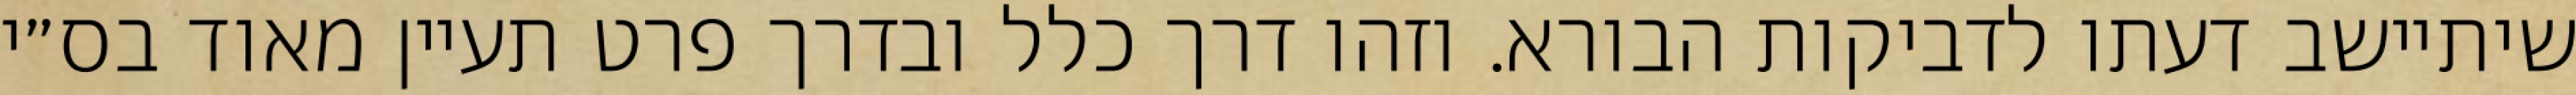
שיתיישב דעתו לדביקות הבורא. וזהו דרך כלל ובדרך פרט תעיין מאוד בס״י